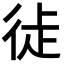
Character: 𢓺